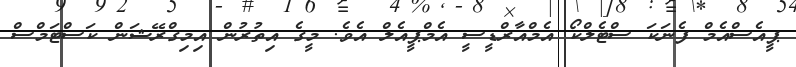
ޕީއެސްއެމް ފެނަކަ ސްޓެލްކޯ އެމްއާރްޑީސީ އެމްޕީއެލް އެވެ. މީގެ އިތުރުން އިިމިގްރޭޝަން ކަސްޓަމްސް